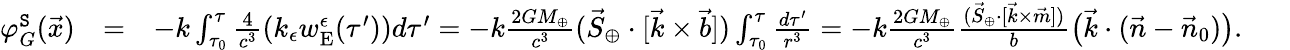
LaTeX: \begin{array}{rlr}{\varphi_{G}^{\tt S}(\vec{x})}&{=}&{-k\int_{\tau_{0}}^{\tau}\frac{4}{c^{3}}(k_{\epsilon}w_{\mathrm{E}}^{\epsilon}(\tau^{\prime}))d\tau^{\prime}=-k\frac{2GM_{\oplus}}{c^{3}}({\vec{S}}_{\oplus}\cdot[{\vec{k}}\times\vec{b}])\int_{\tau_{0}}^{\tau}\frac{d\tau^{\prime}}{r^{3}}=-k\frac{2GM_{\oplus}}{c^{3}}\frac{({\vec{S}}_{\oplus}\cdot[{\vec{k}}\times\vec{m}])}{b}\big(\vec{k}\cdot(\vec{n}-\vec{n}_{0})\big).~~~~~~}\end{array}